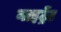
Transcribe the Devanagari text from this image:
नाइट्रेंट